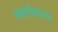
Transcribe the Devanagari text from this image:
वमननिवारक